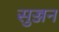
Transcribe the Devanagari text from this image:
सुज्जन